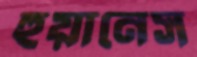
হুয়ানেস